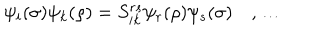
\psi _ { i } ( \sigma ) \psi _ { k } ( \rho ) = S _ { i k } ^ { r s } \psi _ { r } ( \rho ) \psi _ { s } ( \sigma ) \quad , \ldots \nonumber